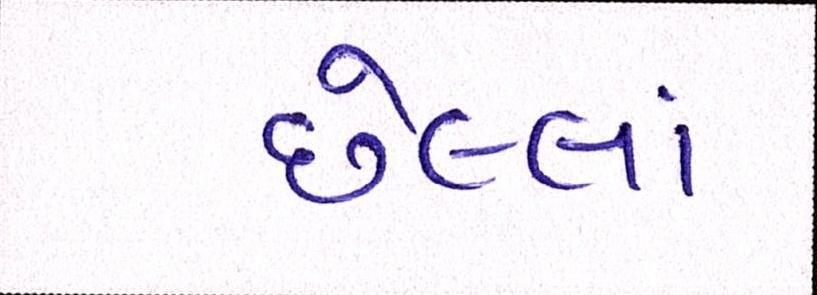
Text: છેલ્લાં